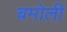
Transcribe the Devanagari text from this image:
बमोली